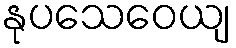
နုပသေဝေယျ